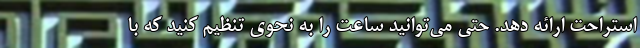
استراحت ارائه دهد. حتی می‌توانید ساعت را به نحوی تنظیم کنید که با